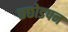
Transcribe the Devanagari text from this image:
छछोडपन